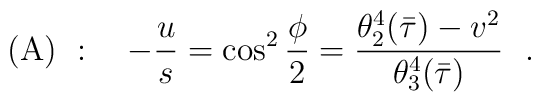
({\rm A})~: \ \ \ -{u\over s} = \cos^2{\phi\over 2} ={\theta_2^4(\bar\tau) - v^2\over\theta_3^4(\bar\tau)}\ \ .